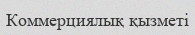
Коммерциялық қызметі